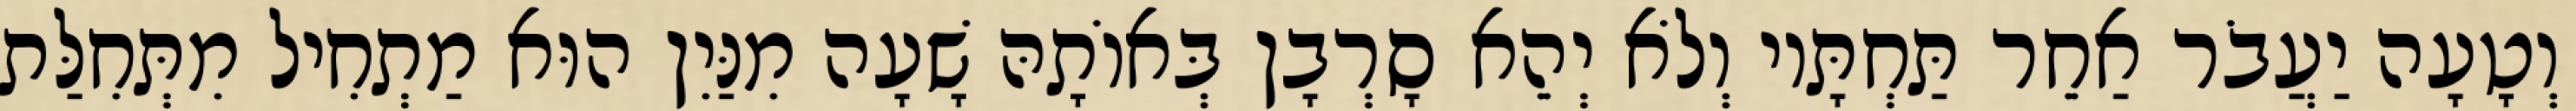
וְטָעָה יַעֲבֹר אַחֵר תַּחְתָּיו וְלֹא יְהֵא סָרְבָן בְּאוֹתָהּ שָׁעָה מִנַּיִן הוּא מַתְחִיל מִתְּחִלַּת